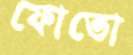
ফোতো